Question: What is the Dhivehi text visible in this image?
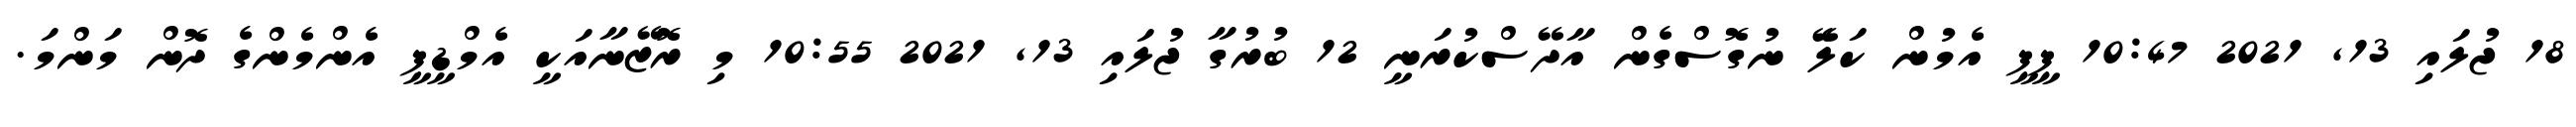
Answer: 18 ޖުލައި 13, 2021 10:47 ޕީޕީ އެމުން ކަލެޭ ނުގޮސްގެން އާދޭސްކުރަނީ 12 ބުރުގާ ޖުލައި 13, 2021 10:55 މި ރޮޒޭނާއަކީ އެމްޑީޕީ އެންމެންގެ ދޮން މަންމަ.